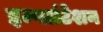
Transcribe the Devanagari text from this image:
इम्प्लांटेशन